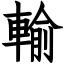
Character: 輸